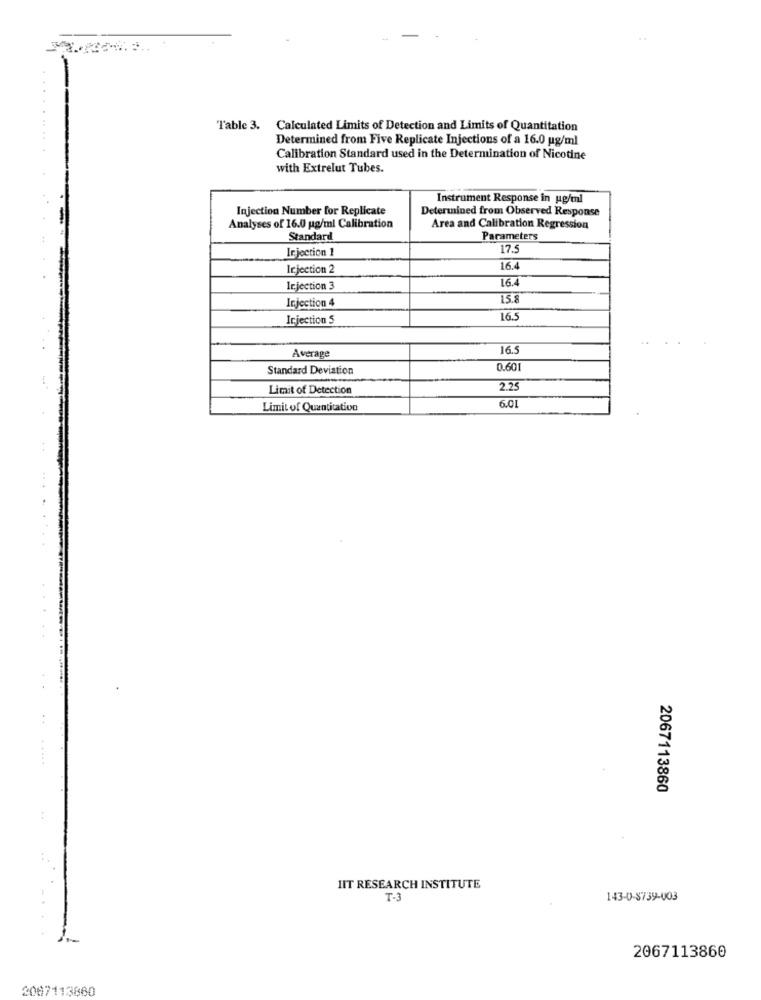
Table 3. Calculated Limits of Detection and Limits of Quantitation
Determined from Five Replicate Injections of a 16.0 ug/ml
Calibration Standard used in the Determination of Nicotine
with Extrelut Tubes.
Instrument Response in ug/ml
Injection Number for Replicate
Determined from Observed Response
Analyses of 16.0 ug/ml Calibration
Area and Calibration Regression
Standard
Parameters
Ir jection 1
17.5
Injection 2
16.4
16.4
Injection 3
Injection 4
15.8
Injection 5
16.5
Average
16.5
Standard Deviation
0.60
Limit of Detection
2.25
6.01
Limit of Quantitation
2067113860
IIT RESEARCH INSTITUTE
T-3
143-0-8739-403
2067113860
2067113860